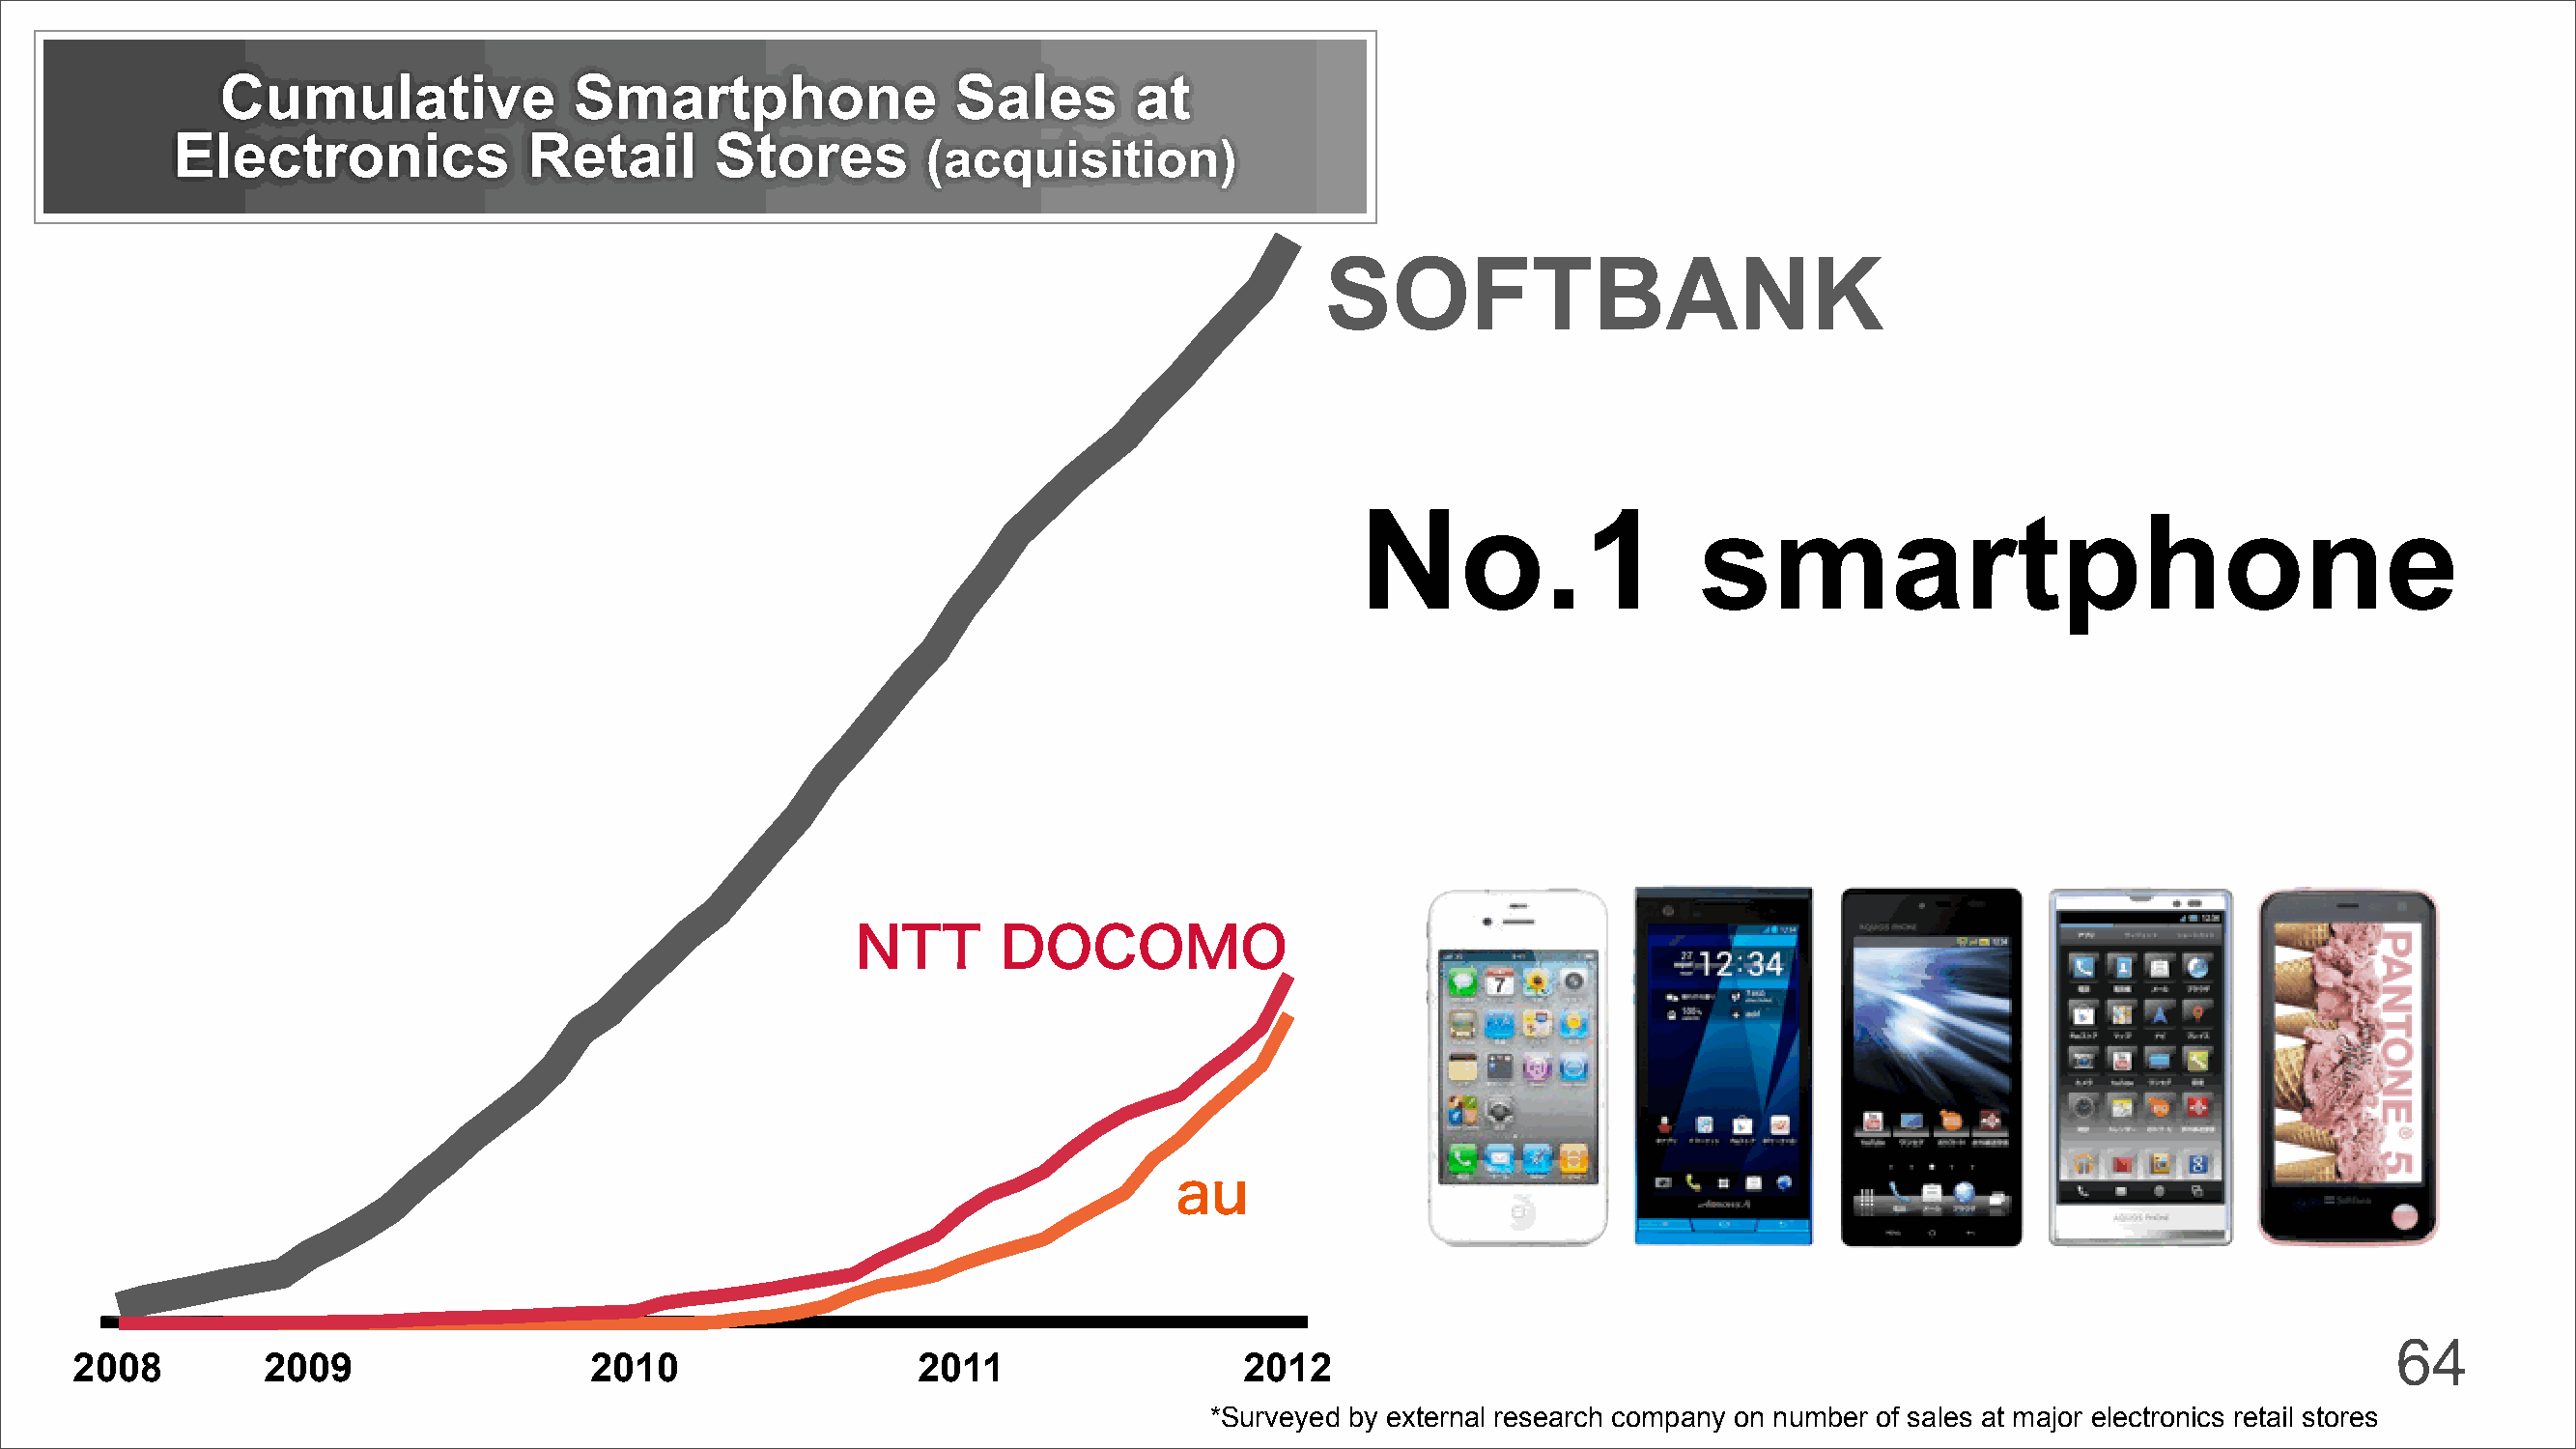
Cumulative              Smartphone                Sales        at
 Electronics             Retail       Stores
 (acquisition)
 SOFTBANK
 No.1                   smartphone
 NTT       DOCOMO
 au
 64
 2008         2009                  2010                   2011                  2012
 *Surveyed by external research company on number of sales at major electronics retail stores